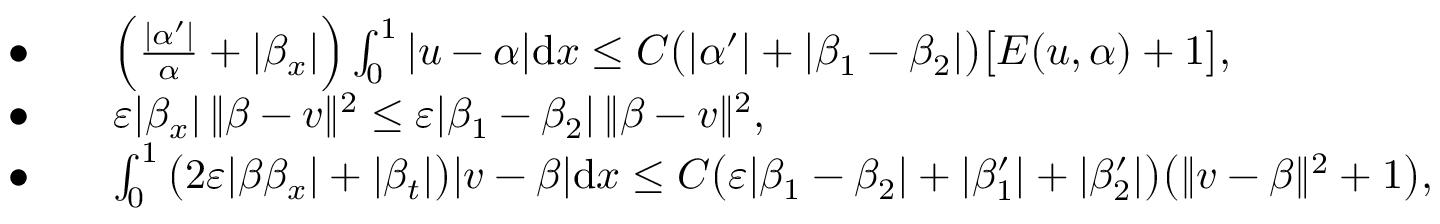
\begin{array} { r l } { \bullet } & { \quad \Big ( \frac { | \alpha ^ { \prime } | } { \alpha } + | \beta _ { x } | \Big ) \int _ { 0 } ^ { 1 } | u - \alpha | \mathrm { d } x \le C \big ( | \alpha ^ { \prime } | + | \beta _ { 1 } - \beta _ { 2 } | \big ) \big [ E ( u , \alpha ) + 1 \big ] , } \\ { \bullet } & { \quad \varepsilon | \beta _ { x } | \, \| \beta - v \| ^ { 2 } \le \varepsilon | \beta _ { 1 } - \beta _ { 2 } | \, \| \beta - v \| ^ { 2 } , } \\ { \bullet } & { \quad \int _ { 0 } ^ { 1 } \big ( 2 \varepsilon | \beta \beta _ { x } | + | \beta _ { t } | \big ) | v - \beta | \mathrm { d } x \le C \big ( \varepsilon | \beta _ { 1 } - \beta _ { 2 } | + | \beta _ { 1 } ^ { \prime } | + | \beta _ { 2 } ^ { \prime } | \big ) \big ( \| v - \beta \| ^ { 2 } + 1 \big ) , } \end{array}